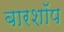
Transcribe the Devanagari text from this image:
बारशॉप